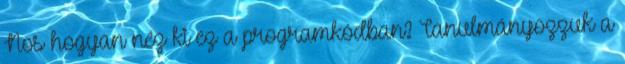
Nos hogyan néz ki ez a programkódban? Tanulmányozzuk a